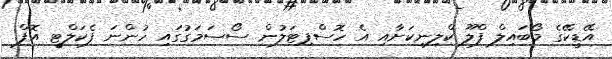
އޭޑީކޭގެ މޯބައިލް ފްލޫ ކްލިނިކަށާއި އެ ހޮސްޕިޓަލުން ސޯސަމަގުގައި ހުންނަ ފެކަލްޓީ އޮފް